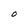
Character: O